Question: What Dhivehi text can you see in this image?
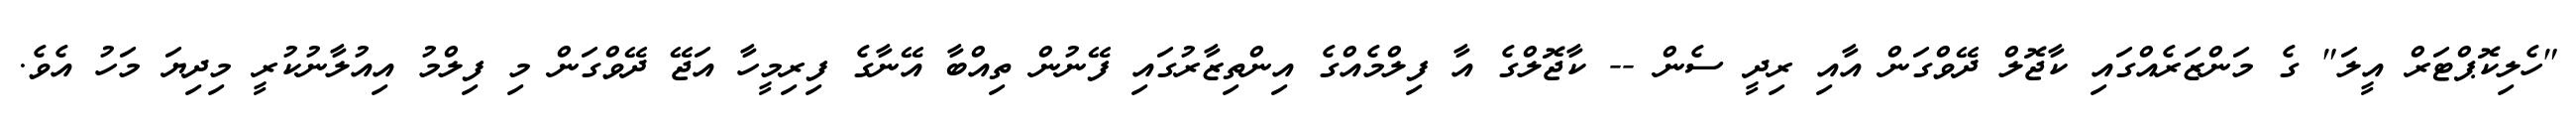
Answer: "ހެލިކޮޕްޓަރް އީލަ" ގެ މަންޒަރެއްގައި ކާޖޮލް ދޭވްގަން އާއި ރިދީ ސެން -- ކާޖޮލްގެ އާ ފިލްމެއްގެ އިންތިޒާރުގައި ފޭނުން ތިއްބާ އޭނާގެ ފިރިމީހާ އަޖޭ ދޭވްގަން މި ފިލްމު އިއުލާނުކުރީ މިދިޔަ މަހު އެވެ.